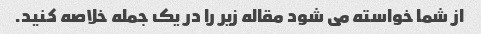
از شما خواسته می شود مقاله زیر را در یک جمله خلاصه کنید.